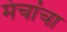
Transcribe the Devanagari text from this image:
मंचांचा